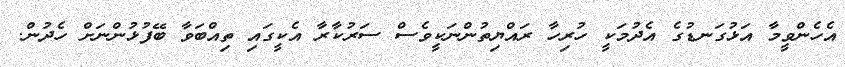
އެހެންވީމާ އަޅުގަނޑުގެ އެދުމަކީ ހުރިހާ ރައްޔިތުންނަކީވެސް ސަރުކާރާ އެކީގައި ތިއްބަވާ ބޭފުޅުންނަށް ހެދުން.